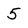
Character: 5